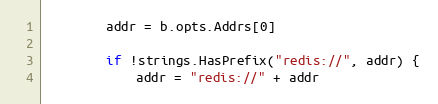
Language: Go
		addr = b.opts.Addrs[0]

		if !strings.HasPrefix("redis://", addr) {
			addr = "redis://" + addr